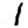
Digit: 1